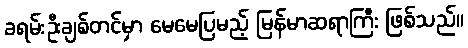
ခရမ်းဦးချစ်တင်မှာ မေမေပြမည့် မြန်မာဆရာကြီး ဖြစ်သည်။